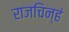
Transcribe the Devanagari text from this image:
राजचिन्हं